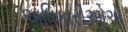
અધિકારીઓએ